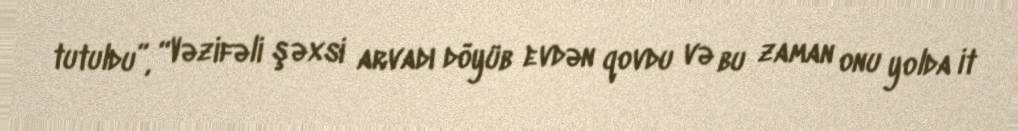
tutuldu”, “Vəzifəli şəxsi arvadı döyüb evdən qovdu və bu zaman onu yolda it